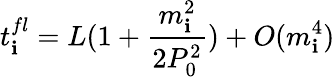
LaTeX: t_{\mathbf{i}}^{fl}=L(1+\frac{{m_{\mathbf{i}}^{2}}}{{2P_{0}^{2}}})+O(m_{\mathbf{i}}^{4})